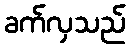
ခက်လှသည်